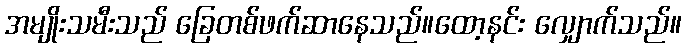
အမျိုးသမီးသည် ခြေတစ်ဖက်ဆာနေသည်။ထော့နင်း လျှောက်သည်။